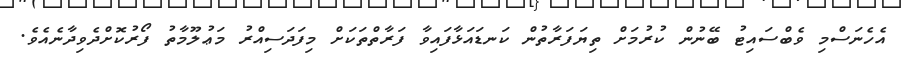
އެހެނަސްމި ވެބްސައިޓު ބޭނުން ކުރުމަށް ތިޔަފަރާތުން ކަނޑައަޅާފައިވާ ފަރާތްތަކަށް މިފަދަސިއްރު މަޢުލޫމާތު ފޯރުކޮށްދެވިދާނެއެވެ.